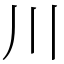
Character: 川